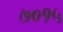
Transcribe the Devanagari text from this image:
७०१५